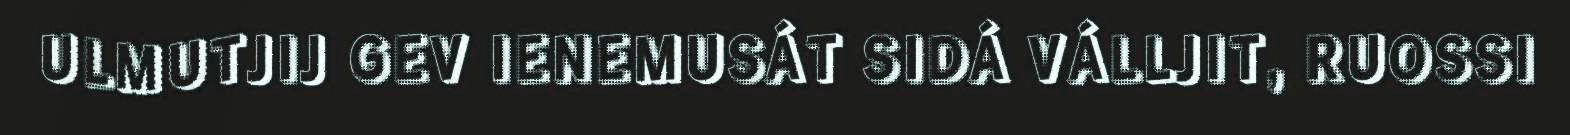
ULMUTJIJ GEV IENEMUSÁT SIDÁ VÁLLJIT, RUOSSI